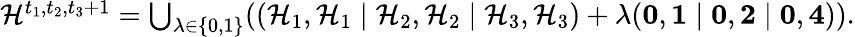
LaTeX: \begin{array}{r}{{\cal{H}}^{t_{1},t_{2},t_{3}+1}=\bigcup_{\lambda\in\{ 0,1\} }(({\cal{H}}_{1},{\cal{H}}_{1}\mid{\cal{H}}_{2},{\cal{H}}_{2}\mid{\cal{H}}_{3},{\cal{H}}_{3})+\lambda({\mathbf{0}},{\mathbf{1}}\mid{\mathbf{0}},{\mathbf{2}}\mid{\mathbf{0}},{\mathbf{4}})).}\end{array}